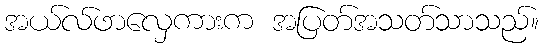
အယ်လ်ဖာလှေကားက အပြတ်အသတ်သာသည်။